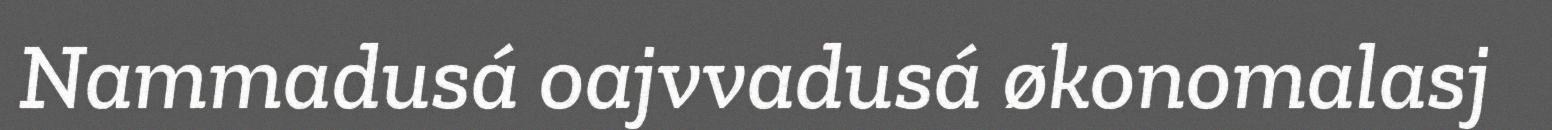
Nammadusá oajvvadusá økonomalasj